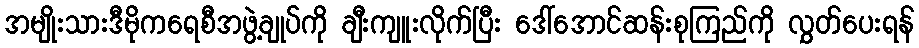
အမျိုးသားဒီမိုကရေစီအဖွဲ့ချုပ်ကို ချီးကျူးလိုက်ပြီး ဒေါ်အောင်ဆန်းစုကြည်ကို လွှတ်ပေးရန်